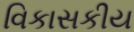
વિકાસકીય